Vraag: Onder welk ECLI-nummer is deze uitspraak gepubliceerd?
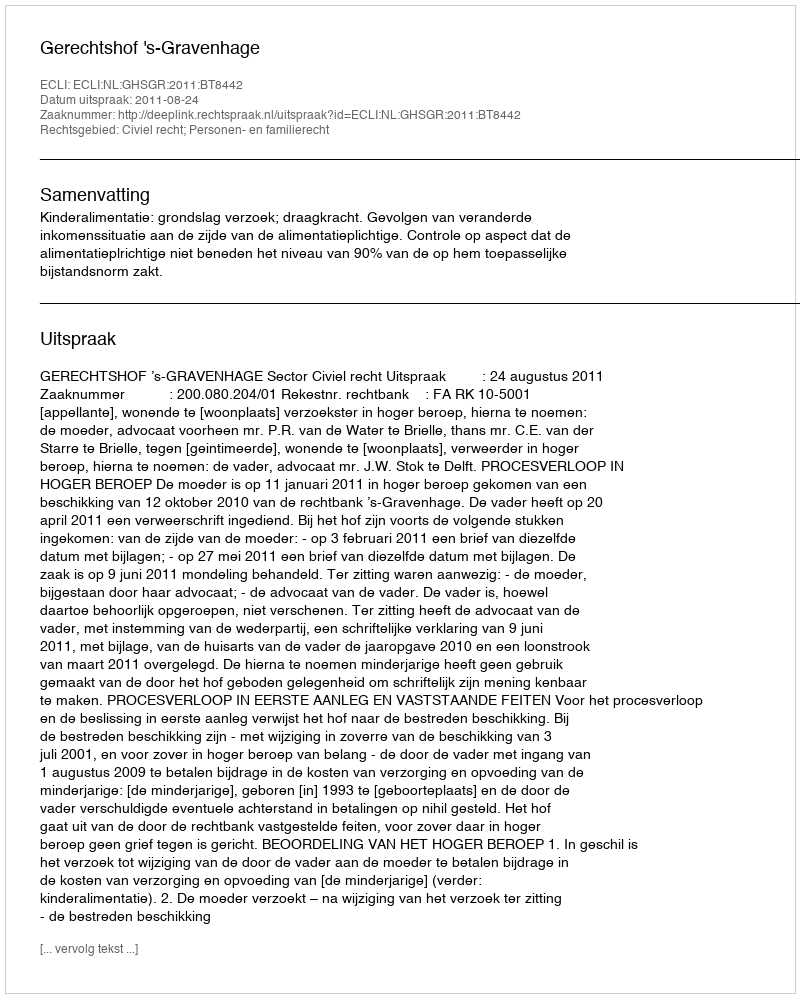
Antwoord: ECLI:NL:GHSGR:2011:BT8442